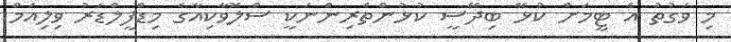
މި ވަގުތު އެ ޓީމަށް ކުޅޭ ބިދޭސީ ކުޅުންތެރިންނަކީ ސްލޮވާކިއާގެ މިޑްފީލްޑަރު ވިލިއަމް